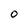
Character: 0